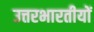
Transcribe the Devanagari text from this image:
उत्तरभारतीयों